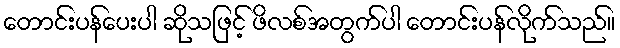
တောင်းပန်ပေးပါ ဆိုသဖြင့် ဖိလစ်အတွက်ပါ တောင်းပန်လိုက်သည်။